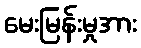
မေးမြန်းမှုအား